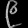
Digit: ၉